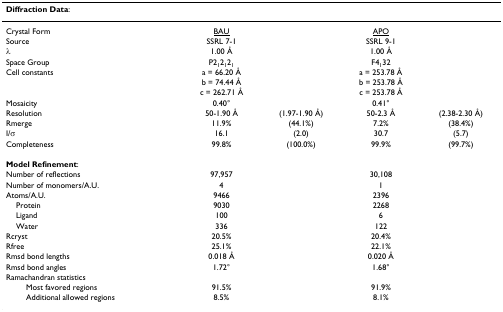
<table><thead><tr><td><b>Diffraction Data:</b></td><td>[EMPTY_CELL]</td><td>[EMPTY_CELL]</td><td>[EMPTY_CELL]</td><td>[EMPTY_CELL]</td></tr></thead><tbody><tr><td>Crystal Form</td><td><underline>BAU</underline></td><td>[EMPTY_CELL]</td><td><underline>APO</underline></td><td>[EMPTY_CELL]</td></tr><tr><td>Source</td><td>SSRL 7-1</td><td>[EMPTY_CELL]</td><td>SSRL 9-1</td><td>[EMPTY_CELL]</td></tr><tr><td>λ</td><td>1.00 Å</td><td>[EMPTY_CELL]</td><td>1.00 Å</td><td>[EMPTY_CELL]</td></tr><tr><td>Space Group</td><td>P2<sub>1</sub>2<sub>1</sub>2<sub>1</sub></td><td>[EMPTY_CELL]</td><td>F4<sub>1</sub>32</td><td>[EMPTY_CELL]</td></tr><tr><td>Cell constants</td><td>a = 66.20 Å</td><td>[EMPTY_CELL]</td><td>a = 253.78 Å</td><td>[EMPTY_CELL]</td></tr><tr><td>[EMPTY_CELL]</td><td>b = 74.44 Å</td><td>[EMPTY_CELL]</td><td>b = 253.78 Å</td><td>[EMPTY_CELL]</td></tr><tr><td>[EMPTY_CELL]</td><td>c = 262.71 Å</td><td>[EMPTY_CELL]</td><td>c = 253.78 Å</td><td>[EMPTY_CELL]</td></tr><tr><td>Mosaicity</td><td>0.40°</td><td>[EMPTY_CELL]</td><td>0.41°</td><td>[EMPTY_CELL]</td></tr><tr><td>Resolution</td><td>50-1.90 Å</td><td>(1.97-1.90 Å)</td><td>50-2.3 Å</td><td>(2.38-2.30 Å)</td></tr><tr><td>Rmerge</td><td>11.9%</td><td>(44.1%)</td><td>7.2%</td><td>(38.4%)</td></tr><tr><td>I/σ</td><td>16.1</td><td>(2.0)</td><td>30.7</td><td>(5.7)</td></tr><tr><td>Completeness</td><td>99.8%</td><td>(100.0%)</td><td>99.9%</td><td>(99.7%)</td></tr><tr><td><b>Model Refinement</b>:</td><td>[EMPTY_CELL]</td><td>[EMPTY_CELL]</td><td>[EMPTY_CELL]</td><td>[EMPTY_CELL]</td></tr><tr><td>Number of reflections</td><td>97,957</td><td>[EMPTY_CELL]</td><td>30,108</td><td>[EMPTY_CELL]</td></tr><tr><td>Number of monomers/A.U.</td><td>4</td><td>[EMPTY_CELL]</td><td>1</td><td>[EMPTY_CELL]</td></tr><tr><td>Atoms/A.U.</td><td>9466</td><td>[EMPTY_CELL]</td><td>2396</td><td>[EMPTY_CELL]</td></tr><tr><td> Protein</td><td>9030</td><td>[EMPTY_CELL]</td><td>2268</td><td>[EMPTY_CELL]</td></tr><tr><td> Ligand</td><td>100</td><td>[EMPTY_CELL]</td><td>6</td><td>[EMPTY_CELL]</td></tr><tr><td> Water</td><td>336</td><td>[EMPTY_CELL]</td><td>122</td><td>[EMPTY_CELL]</td></tr><tr><td>Rcryst</td><td>20.5%</td><td>[EMPTY_CELL]</td><td>20.4%</td><td>[EMPTY_CELL]</td></tr><tr><td>Rfree</td><td>25.1%</td><td>[EMPTY_CELL]</td><td>22.1%</td><td>[EMPTY_CELL]</td></tr><tr><td>Rmsd bond lengths</td><td>0.018 Å</td><td>[EMPTY_CELL]</td><td>0.020 Å</td><td>[EMPTY_CELL]</td></tr><tr><td>Rmsd bond angles</td><td>1.72°</td><td>[EMPTY_CELL]</td><td>1.68°</td><td>[EMPTY_CELL]</td></tr><tr><td>Ramachandran statistics</td><td>[EMPTY_CELL]</td><td>[EMPTY_CELL]</td><td>[EMPTY_CELL]</td><td>[EMPTY_CELL]</td></tr><tr><td>Most favored regions</td><td>91.5%</td><td>[EMPTY_CELL]</td><td>91.9%</td><td>[EMPTY_CELL]</td></tr><tr><td>Additional allowed regions</td><td>8.5%</td><td>[EMPTY_CELL]</td><td>8.1%</td><td>[EMPTY_CELL]</td></tr></tbody></table>